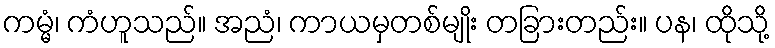
ကမ္မံ၊ ကံဟူသည်။ အညံ၊ ကာယမှတစ်မျိုး တခြားတည်း။ ပန၊ ထိုသို့